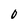
Character: 0